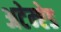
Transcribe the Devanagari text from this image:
अटेम्प्टेड